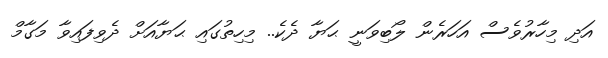
އަދި މިހާރުވެސް އަހަރެން ލޯބިވަނީ ޙަޔާ ދެކެ.. މިހިތުގައި ޙަޔާއަށް ދެވިފައިވާ މަގާމް